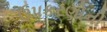
ઉપકરણોની